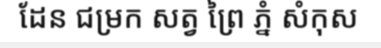
ដែន ជម្រក សត្វ ព្រៃ ភ្នំ សំកុស